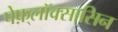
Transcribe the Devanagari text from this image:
पेफ़्लॉक्सासिन